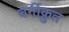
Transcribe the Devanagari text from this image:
वर्गीक्रुत